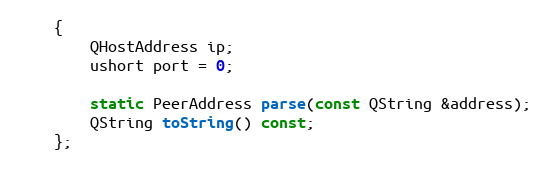
Language: C
    {
        QHostAddress ip;
        ushort port = 0;

        static PeerAddress parse(const QString &address);
        QString toString() const;
    };